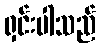
ရှင်းပါသည်